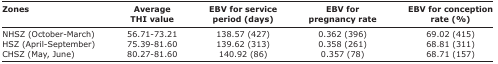
<table><thead><tr><td><b>Zones</b></td><td><b>Average THI value</b></td><td><b>EBV for service period (days)</b></td><td><b>EBV for pregnancy rate</b></td><td><b>EBV for conception rate (%)</b></td></tr></thead><tbody><tr><td>NHSZ (October-March)</td><td>56.71-73.21</td><td>138.57 (427)</td><td>0.362 (396)</td><td>69.02 (415)</td></tr><tr><td>HSZ (April-September)</td><td>75.39-81.60</td><td>139.62 (313)</td><td>0.358 (261)</td><td>68.81 (311)</td></tr><tr><td>CHSZ (May, June)</td><td>80.27-81.60</td><td>140.92 (86)</td><td>0.357 (78)</td><td>68.71 (157)</td></tr></tbody></table>